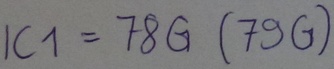
Text: IC1=78G(79G)